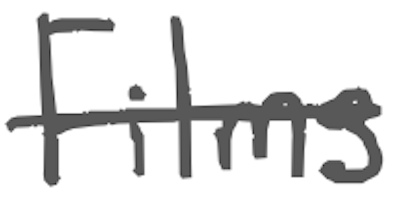
Text: Films
Cross-out: single-line
Writing tool: digital_gray